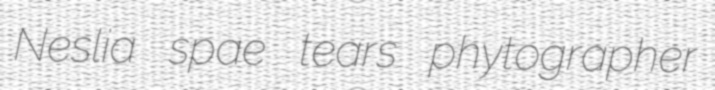
Neslia spae tears phytographer